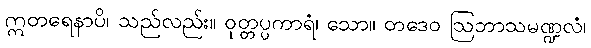
ဣတရေနာပိ၊ သည်လည်း။ ဝုတ္တပ္ပကာရံ၊ သော။ တဒေဝ ဩဘာသမဏ္ဍလံ၊